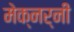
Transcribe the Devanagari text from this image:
मेक्नर्नी